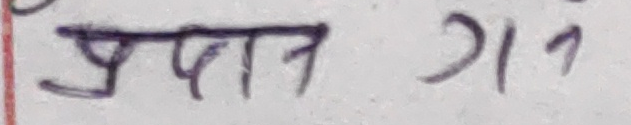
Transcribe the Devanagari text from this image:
प्रधान गन